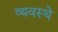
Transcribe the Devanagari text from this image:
व्यवस्थे